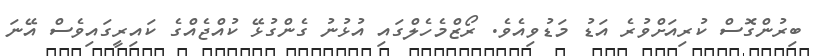
ބިރުންގޮސް ކުރިއަށްވުރެ އަޑު މަޑުވިއެވެ. ރޯޒްމެހެލްގައި އުޅުނު ގެންގުޅޭ ކުއްޖެއްގެ ކައިރީގައިވެސް އޭނަ